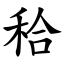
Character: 秴